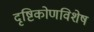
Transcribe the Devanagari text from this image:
दृष्टिकोणविशेष